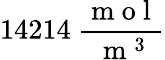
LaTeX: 14214\ \frac{\mathrm{~m~o~l~}}{\mathrm{~m~}^{3}}